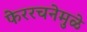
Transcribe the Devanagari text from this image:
फेररचनेमुळे